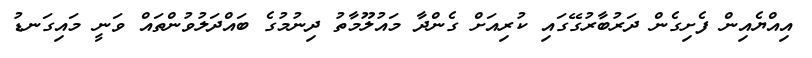
އިއްޔެއިން ފެށިގެން ދަރުބާރުގޭގައި ކުރިއަށް ގެންދާ މައުލޫމާތު ދިނުމުގެ ބައްދަލުވުންތައް ވަނީ މައިގަނޑު